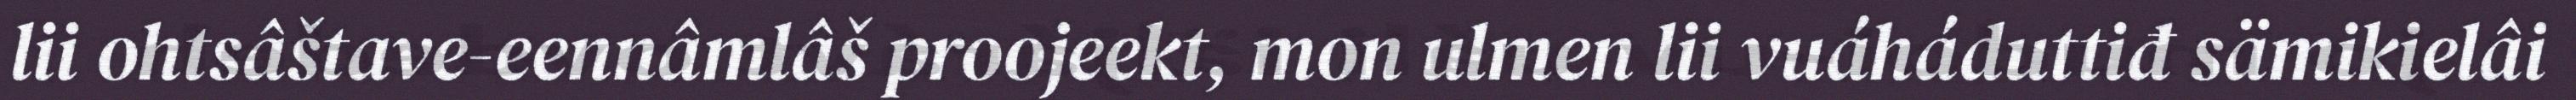
lii ohtsâštave-eennâmlâš proojeekt, mon ulmen lii vuáháduttiđ sämikielâi